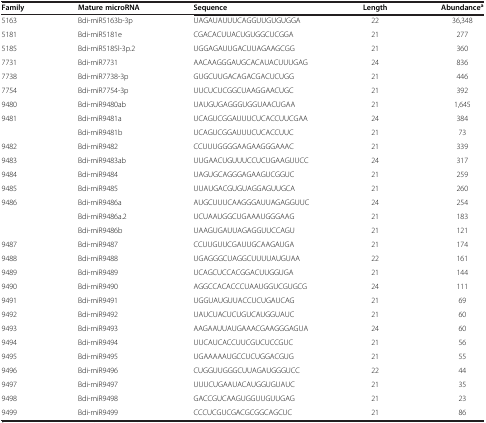
<table><thead><tr><td><b>Family</b></td><td><b>Mature microRNA</b></td><td><b>Sequence</b></td><td><b>Length</b></td><td><b>Abundance<sup>a</sup></b></td></tr></thead><tbody><tr><td>5163</td><td>Bdi-miR5163b-3p</td><td>UAGAUAUUUCAGGUUGUGUGGA</td><td>22</td><td>36,348</td></tr><tr><td>5181</td><td>Bdi-miR5181e</td><td>CGACACUUACUGUGGCUCGGA</td><td>21</td><td>277</td></tr><tr><td>5185</td><td>Bdi-miR5185l-3p.2</td><td>UGGAGAUUGACUUAGAAGCGG</td><td>21</td><td>360</td></tr><tr><td>7731</td><td>Bdi-miR7731</td><td>AACAAGGGAUGCACAUACUUUGAG</td><td>24</td><td>836</td></tr><tr><td>7738</td><td>Bdi-miR7738-3p</td><td>GUGCUUGACAGACGACUCUGG</td><td>21</td><td>446</td></tr><tr><td>7754</td><td>Bdi-miR7754-3p</td><td>UUCUCUCGGCUAAGGAACUGC</td><td>21</td><td>392</td></tr><tr><td>9480</td><td>Bdi-miR9480ab</td><td>UAUGUGAGGGUGGUAACUGAA</td><td>21</td><td>1,645</td></tr><tr><td>9481</td><td>Bdi-miR9481a</td><td>UCAGUCGGAUUUCUCACCUUCGAA</td><td>24</td><td>384</td></tr><tr><td></td><td>Bdi-miR9481b</td><td>UCAGUCGGAUUUCUCACCUUC</td><td>21</td><td>73</td></tr><tr><td>9482</td><td>Bdi-miR9482</td><td>CCUUUGGGGAAGAAGGGAAAC</td><td>21</td><td>339</td></tr><tr><td>9483</td><td>Bdi-miR9483ab</td><td>UUGAACUGUUUCCUCUGAAGUUCC</td><td>24</td><td>317</td></tr><tr><td>9484</td><td>Bdi-miR9484</td><td>UAGUGCAGGGAGAAGUCGGUC</td><td>21</td><td>259</td></tr><tr><td>9485</td><td>Bdi-miR9485</td><td>UUAUGACGUGUAGGAGUUGCA</td><td>21</td><td>260</td></tr><tr><td>9486</td><td>Bdi-miR9486a</td><td>AUGCUUUCAAGGGAUUAGAGGUUC</td><td>24</td><td>254</td></tr><tr><td></td><td>Bdi-miR9486a.2</td><td>UCUAAUGGCUGAAAUGGGAAG</td><td>21</td><td>183</td></tr><tr><td></td><td>Bdi-miR9486b</td><td>UAAGUGAUUAGAGGUUCCAGU</td><td>21</td><td>121</td></tr><tr><td>9487</td><td>Bdi-miR9487</td><td>CCUUGUUCGAUUGCAAGAUGA</td><td>21</td><td>174</td></tr><tr><td>9488</td><td>Bdi-miR9488</td><td>UGAGGGCUAGGCUUUUAUGUAA</td><td>22</td><td>161</td></tr><tr><td>9489</td><td>Bdi-miR9489</td><td>UCAGCUCCACGGACUUGGUGA</td><td>21</td><td>144</td></tr><tr><td>9490</td><td>Bdi-miR9490</td><td>AGGCCACACCCUAAUGGUCGUGCG</td><td>24</td><td>111</td></tr><tr><td>9491</td><td>Bdi-miR9491</td><td>UGGUAUGUUACCUCUGAUCAG</td><td>21</td><td>69</td></tr><tr><td>9492</td><td>Bdi-miR9492</td><td>UAUCUACUCUGUCAUGGUAUC</td><td>21</td><td>60</td></tr><tr><td>9493</td><td>Bdi-miR9493</td><td>AAGAAUUAUGAAACGAAGGGAGUA</td><td>24</td><td>60</td></tr><tr><td>9494</td><td>Bdi-miR9494</td><td>UUCAUCACCUUCGUCUCCGUC</td><td>21</td><td>56</td></tr><tr><td>9495</td><td>Bdi-miR9495</td><td>UGAAAAAUGCCUCUGGACGUG</td><td>21</td><td>55</td></tr><tr><td>9496</td><td>Bdi-miR9496</td><td>CUGGUUGGGCUUAGAUGGGUCC</td><td>22</td><td>44</td></tr><tr><td>9497</td><td>Bdi-miR9497</td><td>UUUCUGAAUACAUGGUGUAUC</td><td>21</td><td>35</td></tr><tr><td>9498</td><td>Bdi-miR9498</td><td>GACCGUCAAGUGGUUGUUGAG</td><td>21</td><td>23</td></tr><tr><td>9499</td><td>Bdi-miR9499</td><td>CCCUCGUCGACGCGGCAGCUC</td><td>21</td><td>86</td></tr></tbody></table>